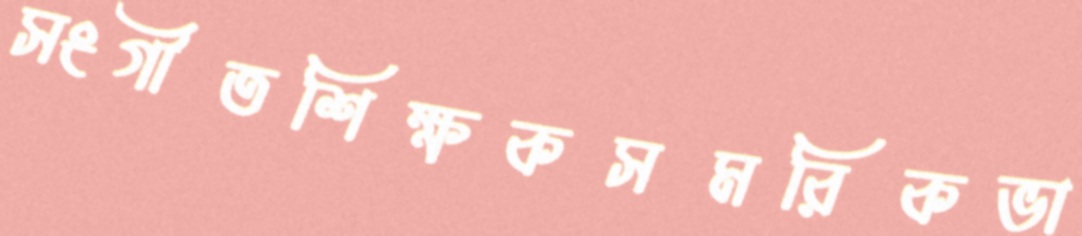
সংগীতশিক্ষকসমরিকভা